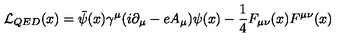
{ \cal { L } } _ { Q E D } ( x ) = \bar { \psi } ( x ) \gamma ^ { \mu } ( i \partial _ { \mu } - e A _ { \mu } ) \psi ( x ) - \frac { 1 } { 4 } F _ { \mu \nu } ( x ) F ^ { \mu \nu } ( x )